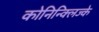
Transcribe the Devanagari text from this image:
कोनिन्क्लिज्के